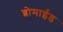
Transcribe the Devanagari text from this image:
ब्रोमाईड